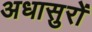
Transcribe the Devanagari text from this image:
अधासुरों